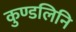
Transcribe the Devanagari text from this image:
कुण्डलिनि